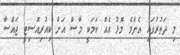
މި ދަތުރުގައި އެންމެ މޮޅު އެއް ކަމަކީ މާސް އަށް ކިއުރިއޮސިޓީ ޖައްސާ